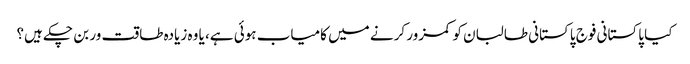
کیا پاکستانی فوج پاکستانی طالبان کو کمزور کرنے میں کامیاب ہوئی ہے، یا وہ زیادہ طاقت ور بن چکے ہیں؟